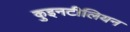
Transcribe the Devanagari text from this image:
कुइनटीलियन